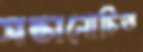
সন্তানোচিত